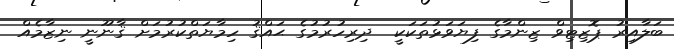
ބަލާއިރު ޕޮޒިޓިވް ޒިންމާގެ ފިޔަވަޅުތަކަކީ  ދިރިހުރުމުގެ ޙައްޤު ހިމާޔަތްކުރުމަށް ޤާނޫނީ ނިޒާމެއް